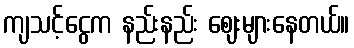
ကျသင့်ငွေက နည်းနည်း ဈေးများနေတယ်။